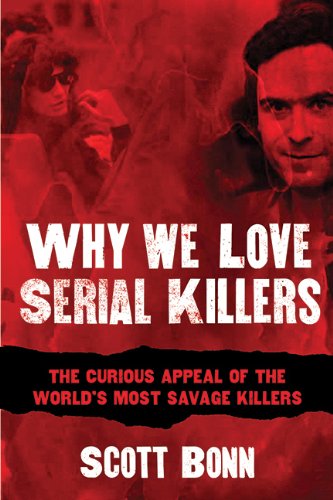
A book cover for Why We Love Serial Killers: The Curious Appeal of the World's Most Savage Murderers; Scott Bonn; Biographies & Memoirs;